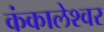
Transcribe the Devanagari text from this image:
कंकालेश्‍वर